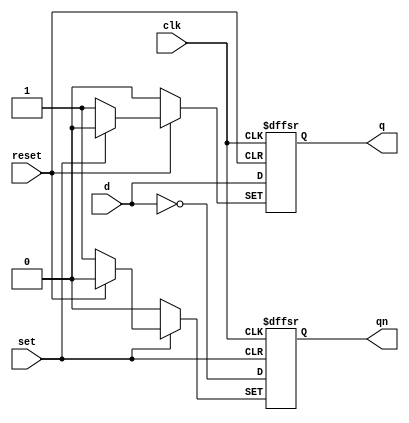
module DFF1(q,qn,d,clk,set,reset);
input d,clk,set,reset;
output q,qn;
reg q,qn;

always @(posedge clk or negedge set or negedge reset)
begin
if (!reset)
  begin
  q <= 0;
  qn <= 1;
  end
else if (!set)
  begin
  q <= 1;
  qn <= 0;
  end
else
  begin
  q <= d;
  qn <= ~d;
  end
end
endmodule